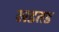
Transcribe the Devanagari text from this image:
खडतड